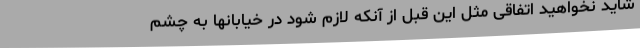
شاید نخواهید اتفاقی مثل این قبل از آنکه لازم شود در خیابانها به چشم